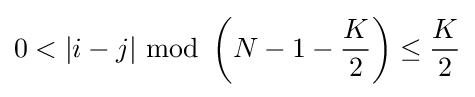
0<|i-j|\ \mathrm {mod} \ \left(N-1-{\frac {K}{2}}\right)\leq {\frac {K}{2}}